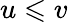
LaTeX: u\leqslant v